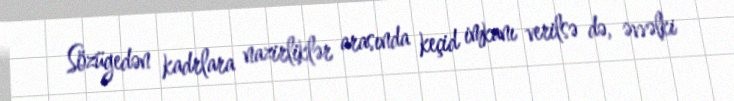
Sözügedən kadrlara nazirliklər arasında keçid imkanı verilsə də, əvvəlki